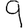
Digit: 9